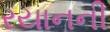
રયાનની